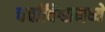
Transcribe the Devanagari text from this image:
चर्चाविश्वामध्ये